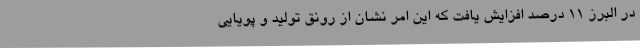
در البرز 11 درصد افزایش یافت که این امر نشان از رونق تولید و پویایی